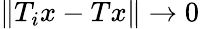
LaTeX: \| T_{i}x-Tx\| \to 0